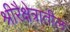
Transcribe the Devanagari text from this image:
श्रीरैक्षेत्रातील